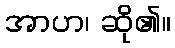
အာဟ၊ ဆို၏။